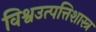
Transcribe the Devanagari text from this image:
विश्वउत्पत्तिशास्त्र